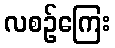
လစဉ်ကြေး